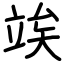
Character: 竢